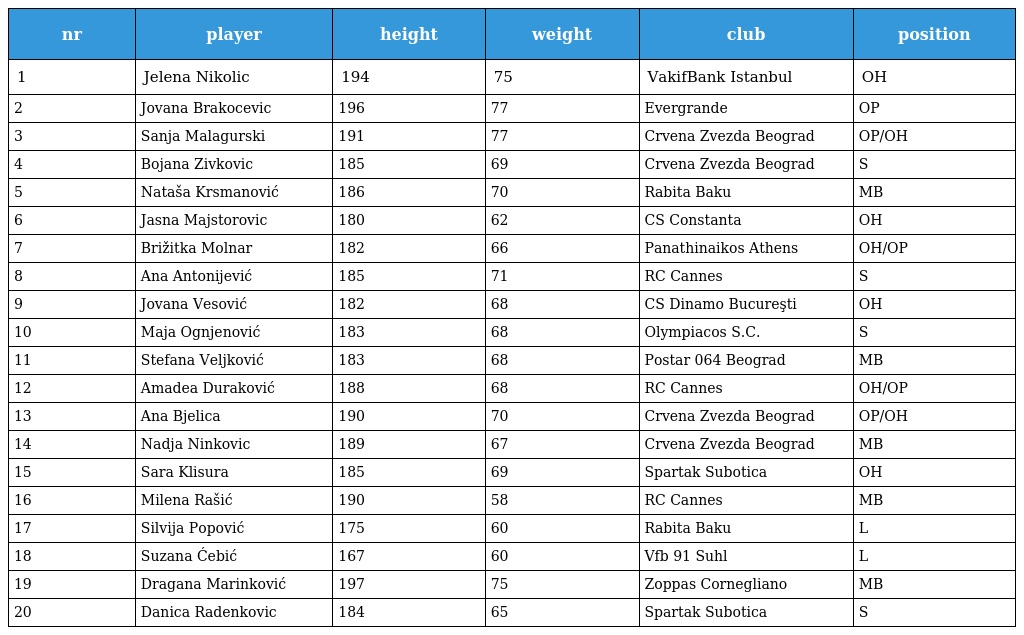
| nr | player | height | weight | club | position |
 | --- | --- | --- | --- | --- | --- |
 | 1 | Jelena Nikolic | 194 | 75 | VakifBank Istanbul | OH |
 | 2 | Jovana Brakocevic | 196 | 77 | Evergrande | OP |
 | 3 | Sanja Malagurski | 191 | 77 | Crvena Zvezda Beograd | OP/OH |
 | 4 | Bojana Zivkovic | 185 | 69 | Crvena Zvezda Beograd | S |
 | 5 | Nataša Krsmanović | 186 | 70 | Rabita Baku | MB |
 | 6 | Jasna Majstorovic | 180 | 62 | CS Constanta | OH |
 | 7 | Brižitka Molnar | 182 | 66 | Panathinaikos Athens | OH/OP |
 | 8 | Ana Antonijević | 185 | 71 | RC Cannes | S |
 | 9 | Jovana Vesović | 182 | 68 | CS Dinamo Bucureşti | OH |
 | 10 | Maja Ognjenović | 183 | 68 | Olympiacos S.C. | S |
 | 11 | Stefana Veljković | 183 | 68 | Postar 064 Beograd | MB |
 | 12 | Amadea Duraković | 188 | 68 | RC Cannes | OH/OP |
 | 13 | Ana Bjelica | 190 | 70 | Crvena Zvezda Beograd | OP/OH |
 | 14 | Nadja Ninkovic | 189 | 67 | Crvena Zvezda Beograd | MB |
 | 15 | Sara Klisura | 185 | 69 | Spartak Subotica | OH |
 | 16 | Milena Rašić | 190 | 58 | RC Cannes | MB |
 | 17 | Silvija Popović | 175 | 60 | Rabita Baku | L |
 | 18 | Suzana Ćebić | 167 | 60 | Vfb 91 Suhl | L |
 | 19 | Dragana Marinković | 197 | 75 | Zoppas Cornegliano | MB |
 | 20 | Danica Radenkovic | 184 | 65 | Spartak Subotica | S |